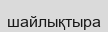
шайлықтыра